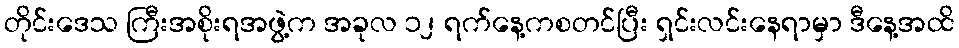
တိုင်းဒေသ ကြီးအစိုးရအဖွဲ့က အခုလ ၁၂ ရက်နေ့ကစတင်ပြီး ရှင်းလင်းနေရာမှာ ဒီနေ့အထိ